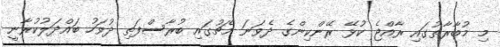
މި މުބާރާތުގައި ރާއްޖެ ކުޅޭ ރޭންކިންގެ ދެވަނަ މެޗުގައި ބުރާސްފަތި ދުވަހު ބައްދަލުކުރާނީ